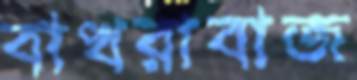
বাখরাবাজ